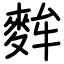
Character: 麰